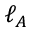
\ell _ { A }